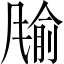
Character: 𲋈